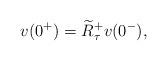
LaTeX: \begin{align*} v(0^+)=\widetilde{R}^+_\tau v(0^-),\end{align*}